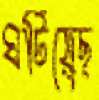
ঘটিয়েছ